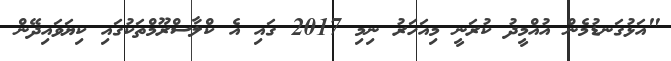
"އަޅުގަނޑުމެން އުއްމީދު ކުރަނީ މިއަހަރު ނިމި 2017 ގައި އެ ކްލާސްރޫމްތަކުގައި ކިޔަވައިދޭން